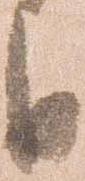
日